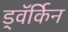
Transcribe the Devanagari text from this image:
ड्वॅर्किन